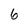
Character: 6